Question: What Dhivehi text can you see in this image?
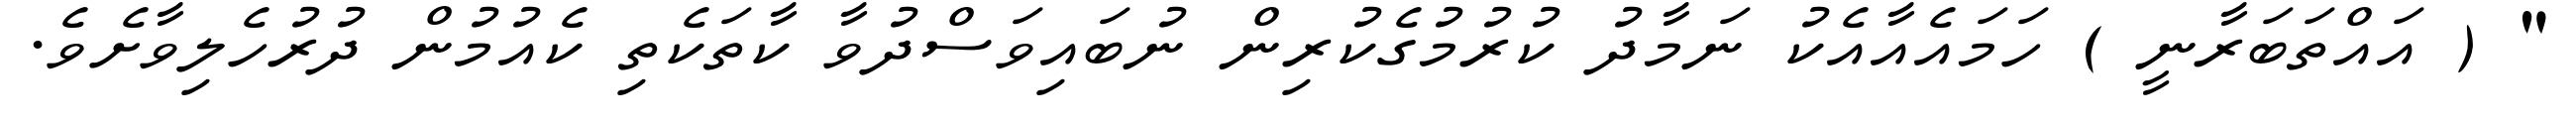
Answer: " ( އައްތަބަރާނީ ) ހަމައެއާއެކު ނަމާދު ކުރުމުގެކުރިން ނުބައިވަސްދުވާ ކާތަކެތި ކެއުމުން ދުރުހެލިވާށެވެ.